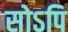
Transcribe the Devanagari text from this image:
सोऽपि